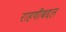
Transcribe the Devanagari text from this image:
राहणीबद्दल